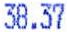
38.37